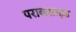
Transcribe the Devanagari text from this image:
पराकसाइड